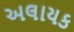
અલાયક